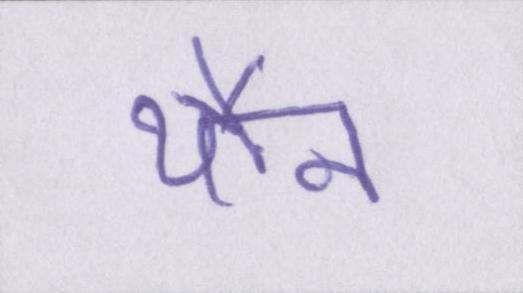
यौन